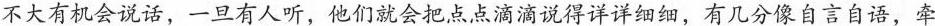
不大有机会说话，一旦有人听，他们就会把点点滴滴说得详详细细，有几分像自言自语，牵